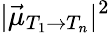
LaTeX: |\vec{\mu}_{T_{1}\rightarrow T_{n}}|^{2}